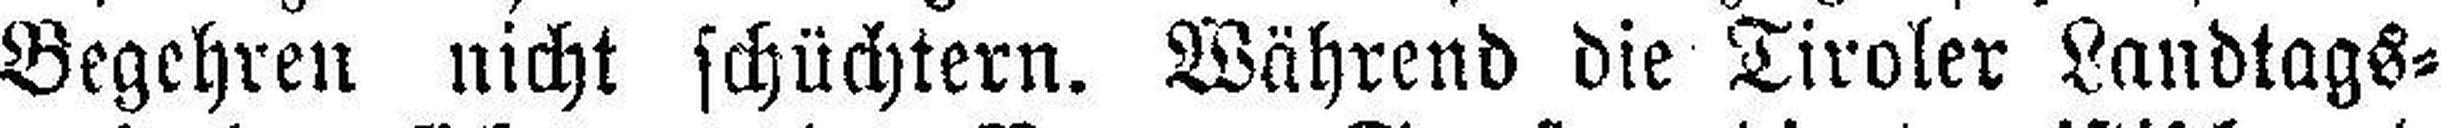
Begehren nicht schüchtern. Während die Tiroler Landtags¬